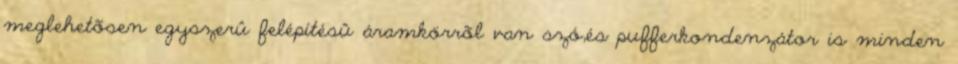
meglehetõsen egyszerû felépítésû áramkörrõl van szó,és pufferkondenzátor is minden